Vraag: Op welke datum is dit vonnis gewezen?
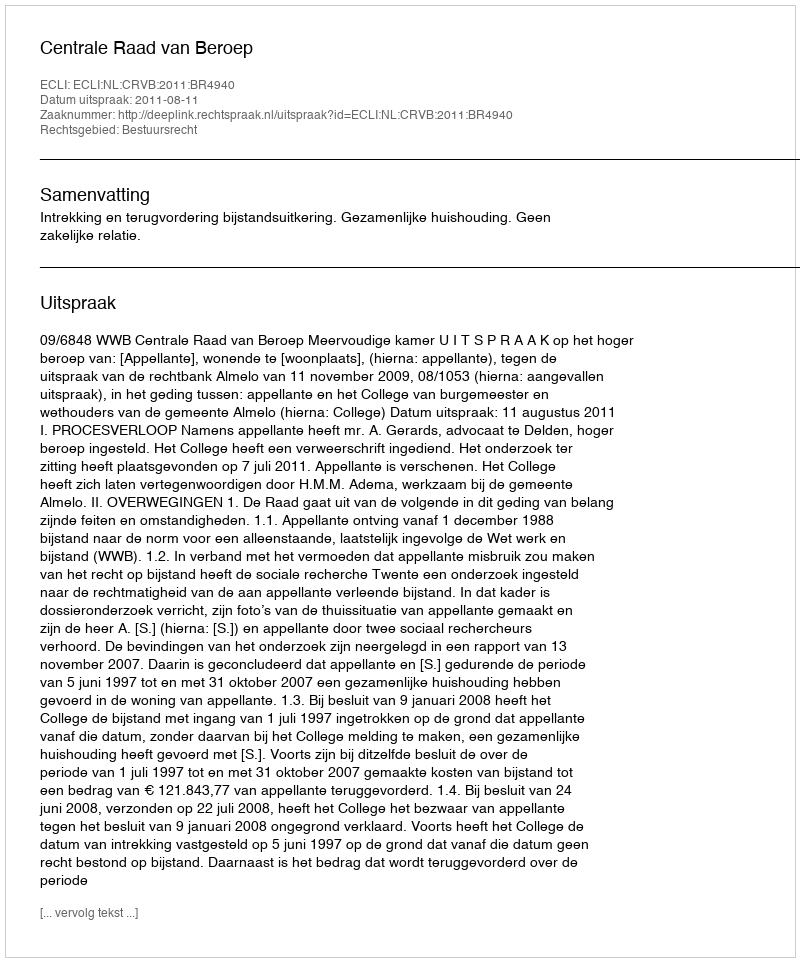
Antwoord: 2011-08-11